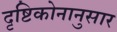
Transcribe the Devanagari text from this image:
दृष्टिकोनानुसार